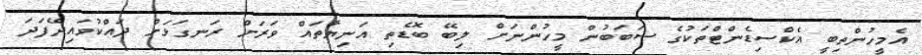
އެމީހުންތިބީ އެކްސިޑެންޓްތަކުގެ ސަބަބުން މީހުންނަށް ލިބޭ ބޮޑެތި އަނިޔާތައް ވަރަށް ރަނގަޅަށް ދައްކުވައިދޭފަދަ